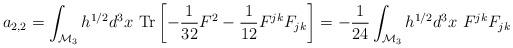
LaTeX: \begin{align*}a_{2,2}=\int_{{\cal M}_3}h^{1/2} d^3x~\mbox{Tr}\left[-{1 \over 32} F^2-{1\over 12} F^{jk}F_{jk}\right]=-{1 \over 24}\int_{{\cal M}_3}h^{1/2} d^3x~F^{jk}F_{jk}\end{align*}